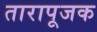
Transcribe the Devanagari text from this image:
तारापूजक